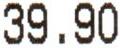
39.90